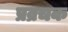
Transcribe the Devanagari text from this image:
प्रव्रचक